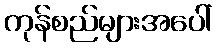
ကုန်စည်များအပေါ်